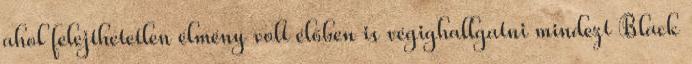
ahol felejthetetlen élmény volt élőben is végighallgatni mindezt Black